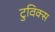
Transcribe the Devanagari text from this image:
टुविक्स